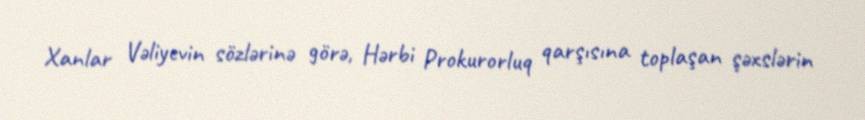
Xanlar Vəliyevin sözlərinə görə, Hərbi Prokurorluq qarşısına toplaşan şəxslərin